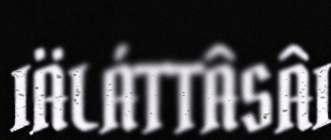
IÄLÁTTÂSÂI